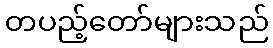
တပည့်တော်များသည်